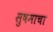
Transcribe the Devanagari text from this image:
सुषमाचा